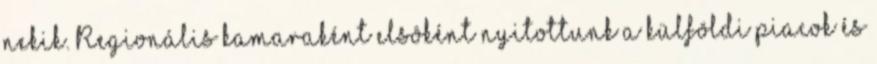
nekik. Regionális kamaraként elsôként nyitottunk a külföldi piacok és